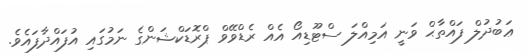
ޢަބުދުލް ފައްތާޙް ވަނީ އަމިއްލަ ސްޓޫޑިއޯ އެއް ރެޑްވޭވް ޕްރޮޑަކްޝަންގެ ނަމުގައި އުފައްދާފައެވެ.